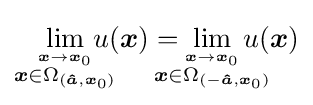
\lim _{\overset {{\boldsymbol {x}}\rightarrow {\boldsymbol {x}}_{0}}{{\boldsymbol {x}}\in \Omega _{({\boldsymbol {\hat {a}}},{\boldsymbol {x}}_{0})}}}\!\!\!\!\!\!u({\boldsymbol {x}})=\!\!\!\!\!\!\!\lim _{\overset {{\boldsymbol {x}}\rightarrow {\boldsymbol {x}}_{0}}{{\boldsymbol {x}}\in \Omega _{(-{\boldsymbol {\hat {a}}},{\boldsymbol {x}}_{0})}}}\!\!\!\!\!\!\!u({\boldsymbol {x}})